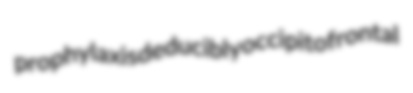
prophylaxis deducibly occipitofrontal